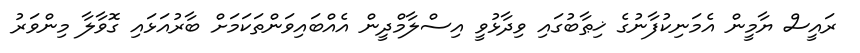
ރައީސް ޔާމީން އެމަނިކުފާނުގެ ޚިޠާބުގައި ވިދާޅުވީ އިސްލާމްދީން އެއްބައިވަންތަކަމަށް ބާރުއަޅައި ގޮވާލާ މިންވަރު